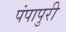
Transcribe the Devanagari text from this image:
पंपापुरी